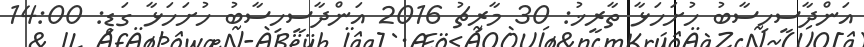
އަންދާސީހިސާބު ހުށަހަޅާ ތާރީޚު: 30 މާރިޗު 2016 އަންދާސީހިސާބު ހުށަހަޅާ ގަޑި: 14:00